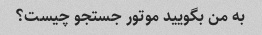
به من بگویید موتور جستجو چیست؟